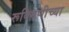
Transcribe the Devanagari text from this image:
रूक्मिणीच्या